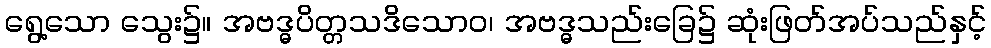
ရွေ့သော သွေး၌။ အဗဒ္ဓပိတ္တသဒိသောဝ၊ အဗဒ္ဓသည်းခြေ၌ ဆုံးဖြတ်အပ်သည်နှင့်